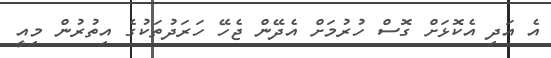
އެ އަދި އެކޮޅަށް ގޮަސް ހުރުމަށް އެދޭން ޖެހޭ ހަރަދުތަކުގެ އިތުރުން މިއީ